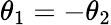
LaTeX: \theta_{1}=-\theta_{2}